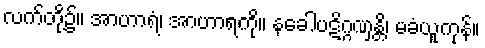
လက်တို့၌။ အာဟာရံ၊ အာဟာရကို။ နခေါပဋိဂ္ဂဏှန္တိ၊ မခံယူကုန်။